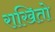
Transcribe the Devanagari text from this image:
राखितो